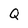
Character: Q